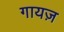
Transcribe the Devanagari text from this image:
गायज़